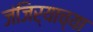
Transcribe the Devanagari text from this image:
जंजिर्याच्या